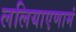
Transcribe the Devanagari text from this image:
ललियाएणामं